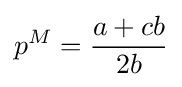
p^{M}={\frac {a+cb}{2b}}